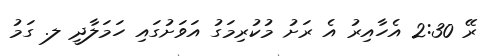
ރޭ 2:30 އެހާއިރު އެ ރަށު މުކުރިމަގު އަވަށުގައި ހަމަލާދީ ލ. ގަމު